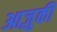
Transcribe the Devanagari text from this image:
आज़ुकी